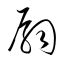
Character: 扇